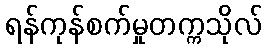
ရန်ကုန်စက်မှုတက္ကသိုလ်